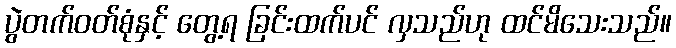
ပွဲတက်ဝတ်စုံနှင့် တွေ့ရ ခြင်းထက်ပင် လှသည်ဟု ထင်မိသေးသည်။